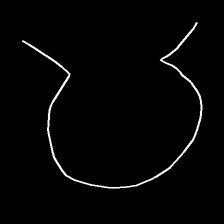
Glyph: weave